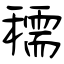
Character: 穤